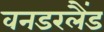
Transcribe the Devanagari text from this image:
वनडरलैंड